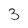
Character: 3